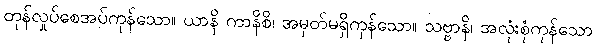
တုန်လှုပ်စေအပ်ကုန်သော။ ယာနိ ကာနိစိ၊ အမှတ်မရှိကုန်သော။ သဗ္ဗာနိ၊ အလုံးစုံကုန်သော